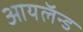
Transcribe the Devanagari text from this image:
आयलॅन्ड